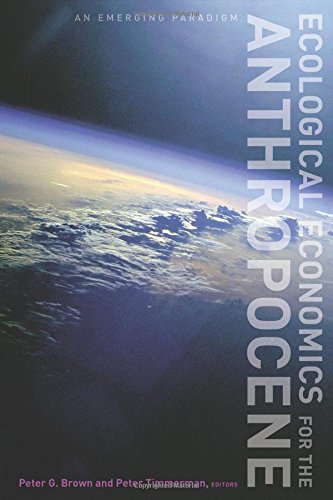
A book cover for Ecological Economics for the Anthropocene: An Emerging Paradigm; Science & Math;